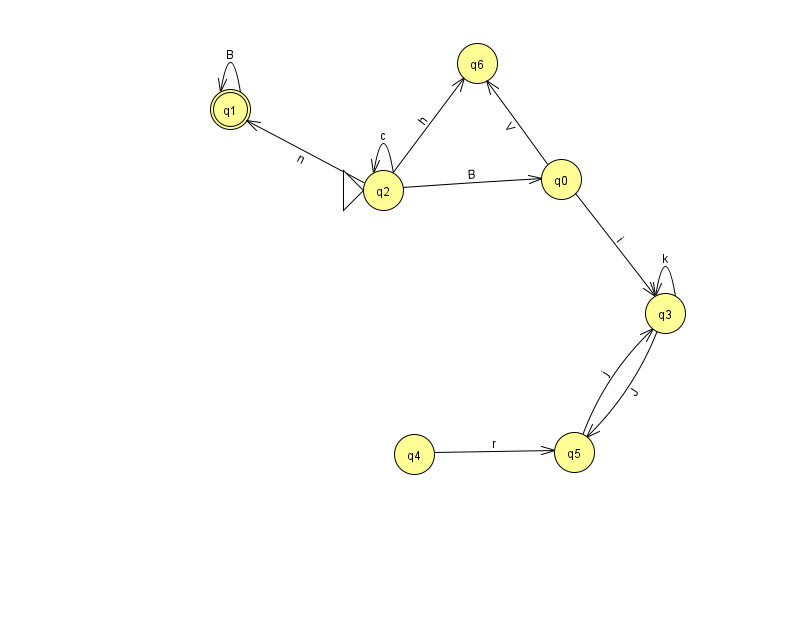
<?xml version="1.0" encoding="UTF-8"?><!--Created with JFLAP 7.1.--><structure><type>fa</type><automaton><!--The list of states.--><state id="0" name="q0"><x>561.0</x><y>166.0</y></state><state id="1" name="q1"><x>230.0</x><y>96.0</y><final/></state><state id="2" name="q2"><x>383.0</x><y>177.0</y><initial/></state><state id="3" name="q3"><x>665.0</x><y>300.0</y></state><state id="4" name="q4"><x>414.0</x><y>441.0</y></state><state id="5" name="q5"><x>574.0</x><y>439.0</y></state><state id="6" name="q6"><x>477.0</x><y>50.0</y></state><!--The list of transitions.--><transition><from>1</from><to>1</to><read>B</read></transition><transition><from>2</from><to>0</to><read>B</read></transition><transition><from>4</from><to>5</to><read>r</read></transition><transition><from>2</from><to>2</to><read>c</read></transition><transition><from>2</from><to>6</to><read>h</read></transition><transition><from>3</from><to>5</to><read>J</read></transition><transition><from>5</from><to>3</to><read>j</read></transition><transition><from>0</from><to>3</to><read>i</read></transition><transition><from>3</from><to>3</to><read>k</read></transition><transition><from>2</from><to>1</to><read>n</read></transition><transition><from>0</from><to>6</to><read>V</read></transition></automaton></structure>